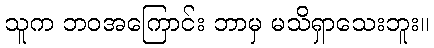
သူက ဘဝအကြောင်း ဘာမှ မသိရှာသေးဘူး။